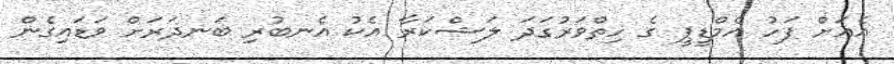
އެއަށް ފަހު އެމްޑީޕީ ގެ ހިތްވަރުގަދަ ލަޝްކަރާ އެކު އެނބުރި ބަނދަރަށް ވަޑައިގެން